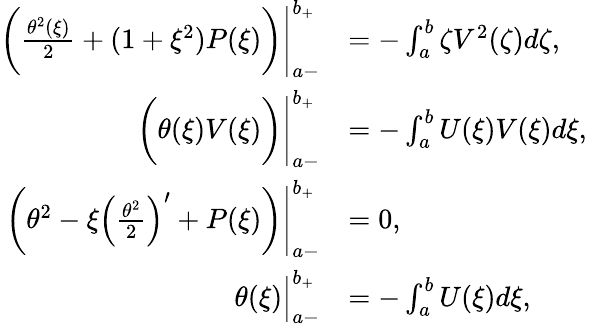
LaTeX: \begin{array}{rl}{\bigg(\frac{\theta^{2}(\xi)}{2}+(1+\xi^{2})P(\xi)\bigg)\Bigg|_{a-}^{b_{+}}}&{=-\int_{a}^{b}\zeta V^{2}(\zeta)d\zeta,}\\ {\bigg(\theta(\xi)V(\xi)\bigg)\Bigg|_{a-}^{b_{+}}}&{=-\int_{a}^{b}U(\xi)V(\xi)d\xi,\ }\\ {\bigg(\theta^{2}-\xi\Big(\frac{\theta^{2}}{2}\Big)^{\prime}+P(\xi)\bigg)\Bigg|_{a-}^{b_{+}}}&{=0,}\\ {\theta(\xi)\Big|_{a-}^{b_{+}}}&{=-\int_{a}^{b}U(\xi)d\xi,}\end{array}